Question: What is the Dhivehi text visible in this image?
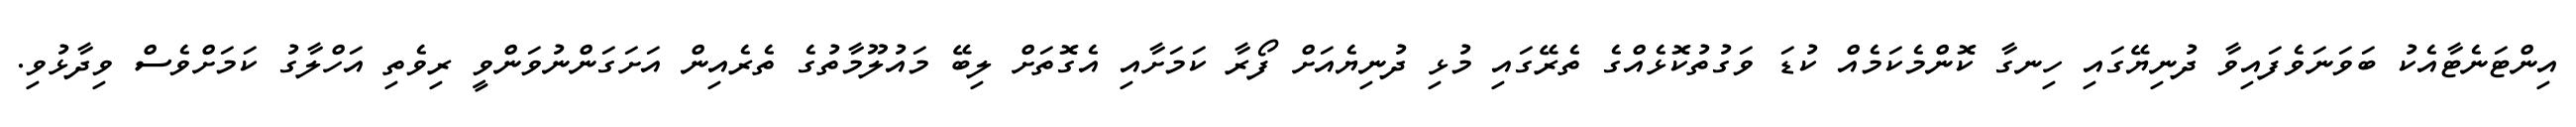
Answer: އިންޓަނެޓާއެކު ބަވަނަވެފައިވާ ދުނިޔޭގައި ހިނގާ ކޮންމެކަމެއް ކުޑަ ވަގުތުކޮޅެއްގެ ތެރޭގައި މުޅި ދުނިޔެއަށް ފޯރާ ކަމަށާއި އެގޮތަށް ލިބޭ މައުލޫމާތުގެ ތެރެއިން އަށަގަންނުވަންވީ ރިވެތި އަހްލާގު ކަމަށްވެސް ވިދާޅުވި.